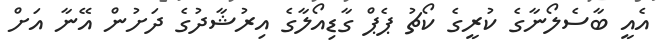
އެއީ ބާސެލޯނާގެ ކުރީގެ ކޯޗު ޕެޕް ގާޑިއޯލާގެ އިރުޝާދުގެ ދަށުން އޭނާ އަށް